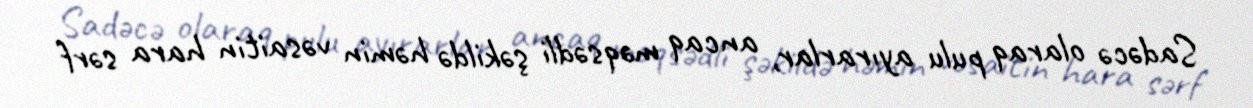
Sadəcə olaraq pulu ayırarlar, ancaq məqsədli şəkildə həmin vəsaitin hara sərf